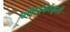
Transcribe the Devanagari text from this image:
लोलकाकृती